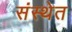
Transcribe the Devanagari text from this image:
संस्‍थेत